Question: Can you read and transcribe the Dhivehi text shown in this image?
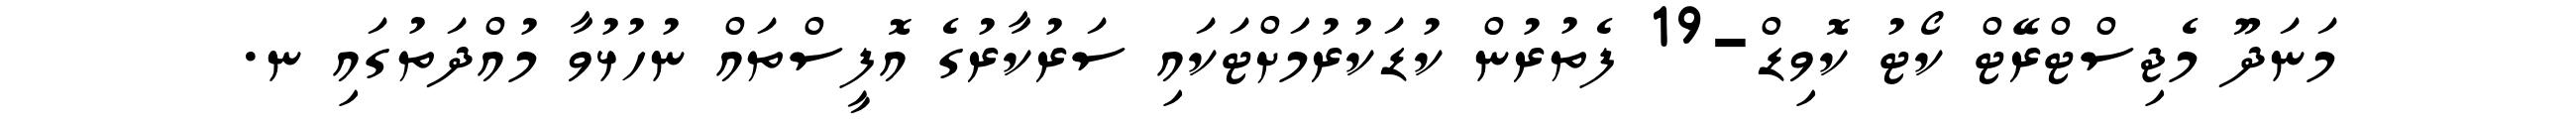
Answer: މަނަދޫ މެޖިސްޓްރޭޓް ކޯޓު ކޮވިޑް-19 ފެތުރުން ކުޑަކުރުމަށްޓަކައި ސަރުކާރުގެ އޮފީސްތައް ނުހުޅުވާ މުއްދަތުގައި ނ.